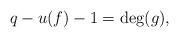
LaTeX: \begin{align*}q - u(f) - 1 = \deg(g),\end{align*}